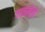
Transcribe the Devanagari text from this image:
चाळलेली